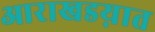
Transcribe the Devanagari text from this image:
आराखडय़ात